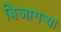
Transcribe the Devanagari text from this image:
बिजागऱ्या